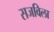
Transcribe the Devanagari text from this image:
सजविला